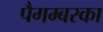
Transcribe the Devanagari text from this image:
पैगम्बरका